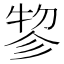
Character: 𢒢